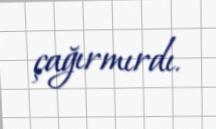
çağırmırdı.